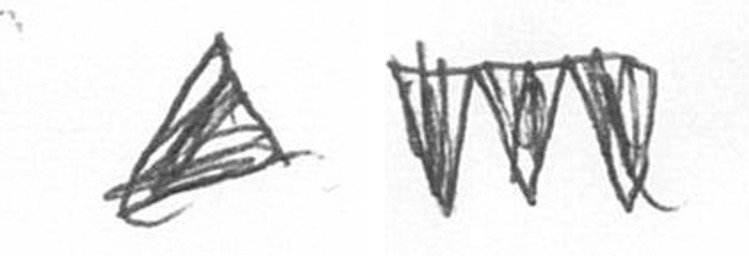
O L